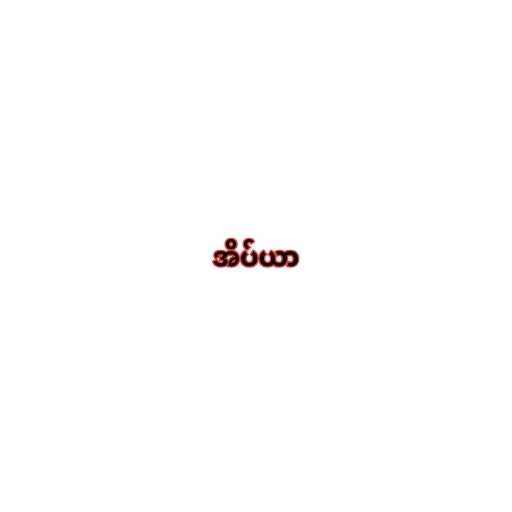
အိပ်ယာ